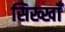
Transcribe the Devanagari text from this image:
सिख्खाँ